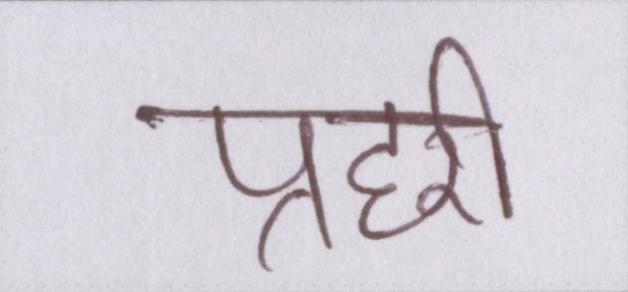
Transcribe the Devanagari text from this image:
प्रहरी